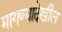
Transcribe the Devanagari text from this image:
मागण्यादेखील